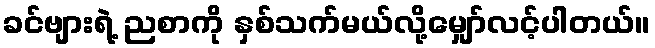
ခင်ဗျားရဲ့ ညစာကို နှစ်သက်မယ်လို့မျှော်လင့်ပါတယ်။